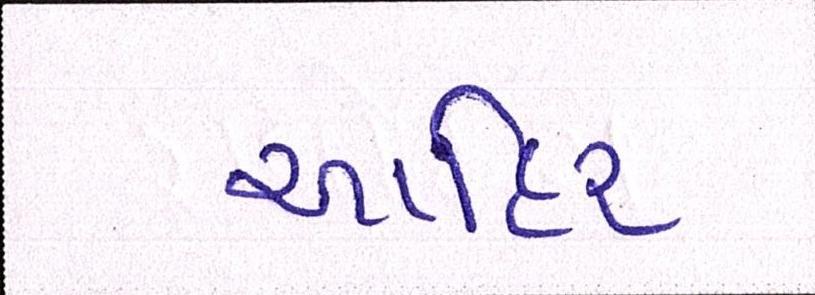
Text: આહિર